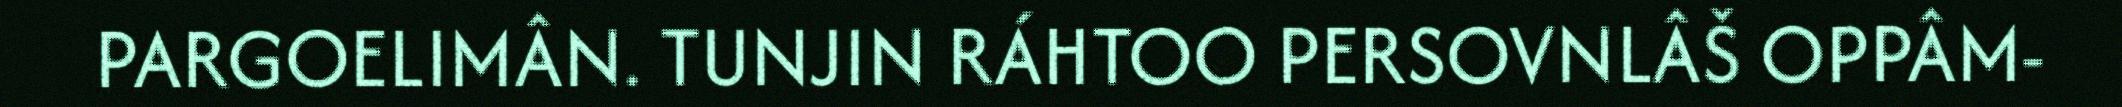
PARGOELIMÂN. TUNJIN RÁHTOO PERSOVNLÂŠ OPPÂM-